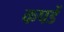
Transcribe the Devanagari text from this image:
कपडें